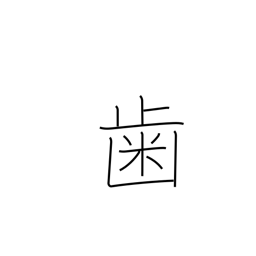
Meaning: tooth